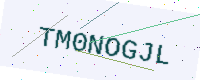
Text: TM0NOGJL